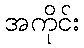
အကိုင်း